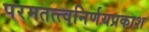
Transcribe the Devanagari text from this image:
परमतत्त्वनिर्णयप्रकाश